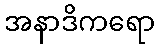
အနာဒိကရော